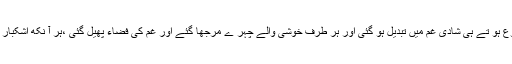
فائرنگ شروع ہو تے ہی شادی غم میں تبدیل ہو گئی اور ہر طرف خوشی والے چہر ے مرجھا گئے اور غم کی فضاء پھیل گئی ،ہر آ نکھ اشکبار ہو نے لگی ۔